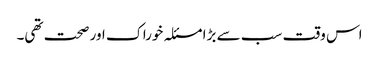
اس وقت سب سے بڑا مسئلہ خوراک اور صحت تھی۔